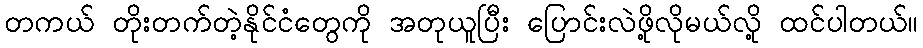
တကယ် တိုးတက်တဲ့နိုင်ငံတွေကို အတုယူပြီး ပြောင်းလဲဖို့လိုမယ်လို့ ထင်ပါတယ်။